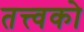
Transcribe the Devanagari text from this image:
तत्त्वको